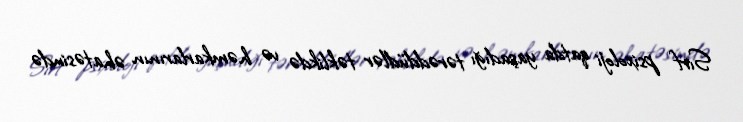
Sırf psixoloji qatda yaşadığı tərəddüdlər təklikdə və həmkarlarının əhatəsində